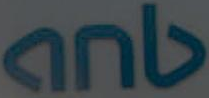
გის